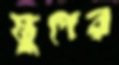
স্তুপের